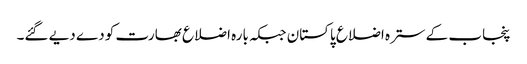
پنجاب کے سترہ اضلاع پاکستان جبکہ بارہ اضلاع بھارت کو دے دیے گئے۔